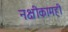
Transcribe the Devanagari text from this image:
नक्षीकामही